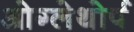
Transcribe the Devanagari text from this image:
ओग्लेथोर्प